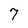
Character: 7